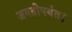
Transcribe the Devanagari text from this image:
जगतीपर्यंत।